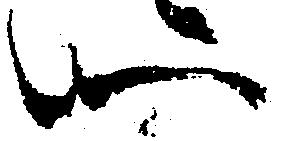
心